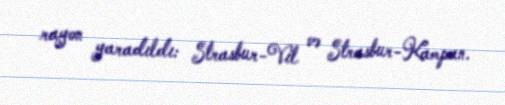
rayon yaradıldı: Strasbur-Vil və Strasbur-Kampan.